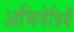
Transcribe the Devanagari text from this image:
अभिनेत्रियँ